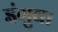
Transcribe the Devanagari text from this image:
इंगुवा